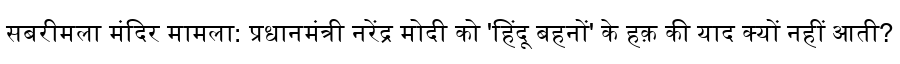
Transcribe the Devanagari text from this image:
सबरीमला मंदिर मामला: प्रधानमंत्री नरेंद्र मोदी को 'हिंदू बहनों' के हक़ की याद क्यों नहीं आती?